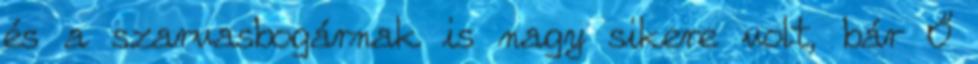
és a szarvasbogárnak is nagy sikere volt, bár Ő